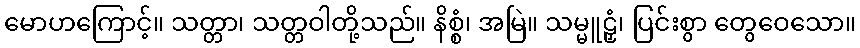
မောဟကြောင့်။ သတ္တာ၊ သတ္တဝါတို့သည်။ နိစ္စံ၊ အမြဲ။ သမ္မူဠှံ၊ ပြင်းစွာ တွေဝေသော။